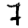
Digit: 7